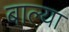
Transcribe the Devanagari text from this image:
बाल्या